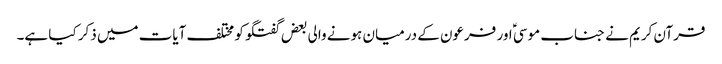
قرآن کریم نے جناب موسیؑ اور فرعون کے درمیان ہونے والی بعض گفتگو کو مختلف آیات میں ذکر کیا ہے۔